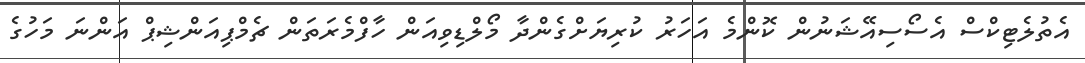
އެތުލެޓިކްސް އެސޯސިއޭޝަނުން ކޮންމެ އަހަރު ކުރިޔަށްގެންދާ މޯލްޑިވިއަން ހާފްމެރަތަން ޗެމްޕިއަންޝިޕް އަންނަ މަހުގެ